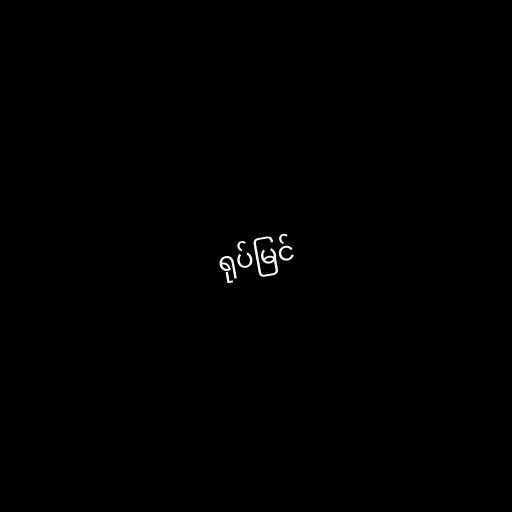
ရုပ်မြင်